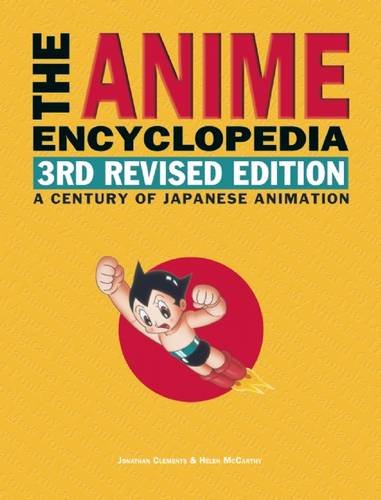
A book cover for The Anime Encyclopedia, 3rd Revised Edition: A Century of Japanese Animation; Jonathan Clements; Humor & Entertainment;